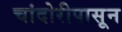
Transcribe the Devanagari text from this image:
चांदोरीपासून